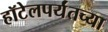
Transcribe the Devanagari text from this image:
हॉटेलपर्यंतच्या